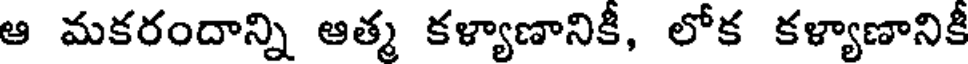
ఆ మకరందాన్ని ఆత్మ కళ్యాణానికీ, లోక కళ్యాణానికీ